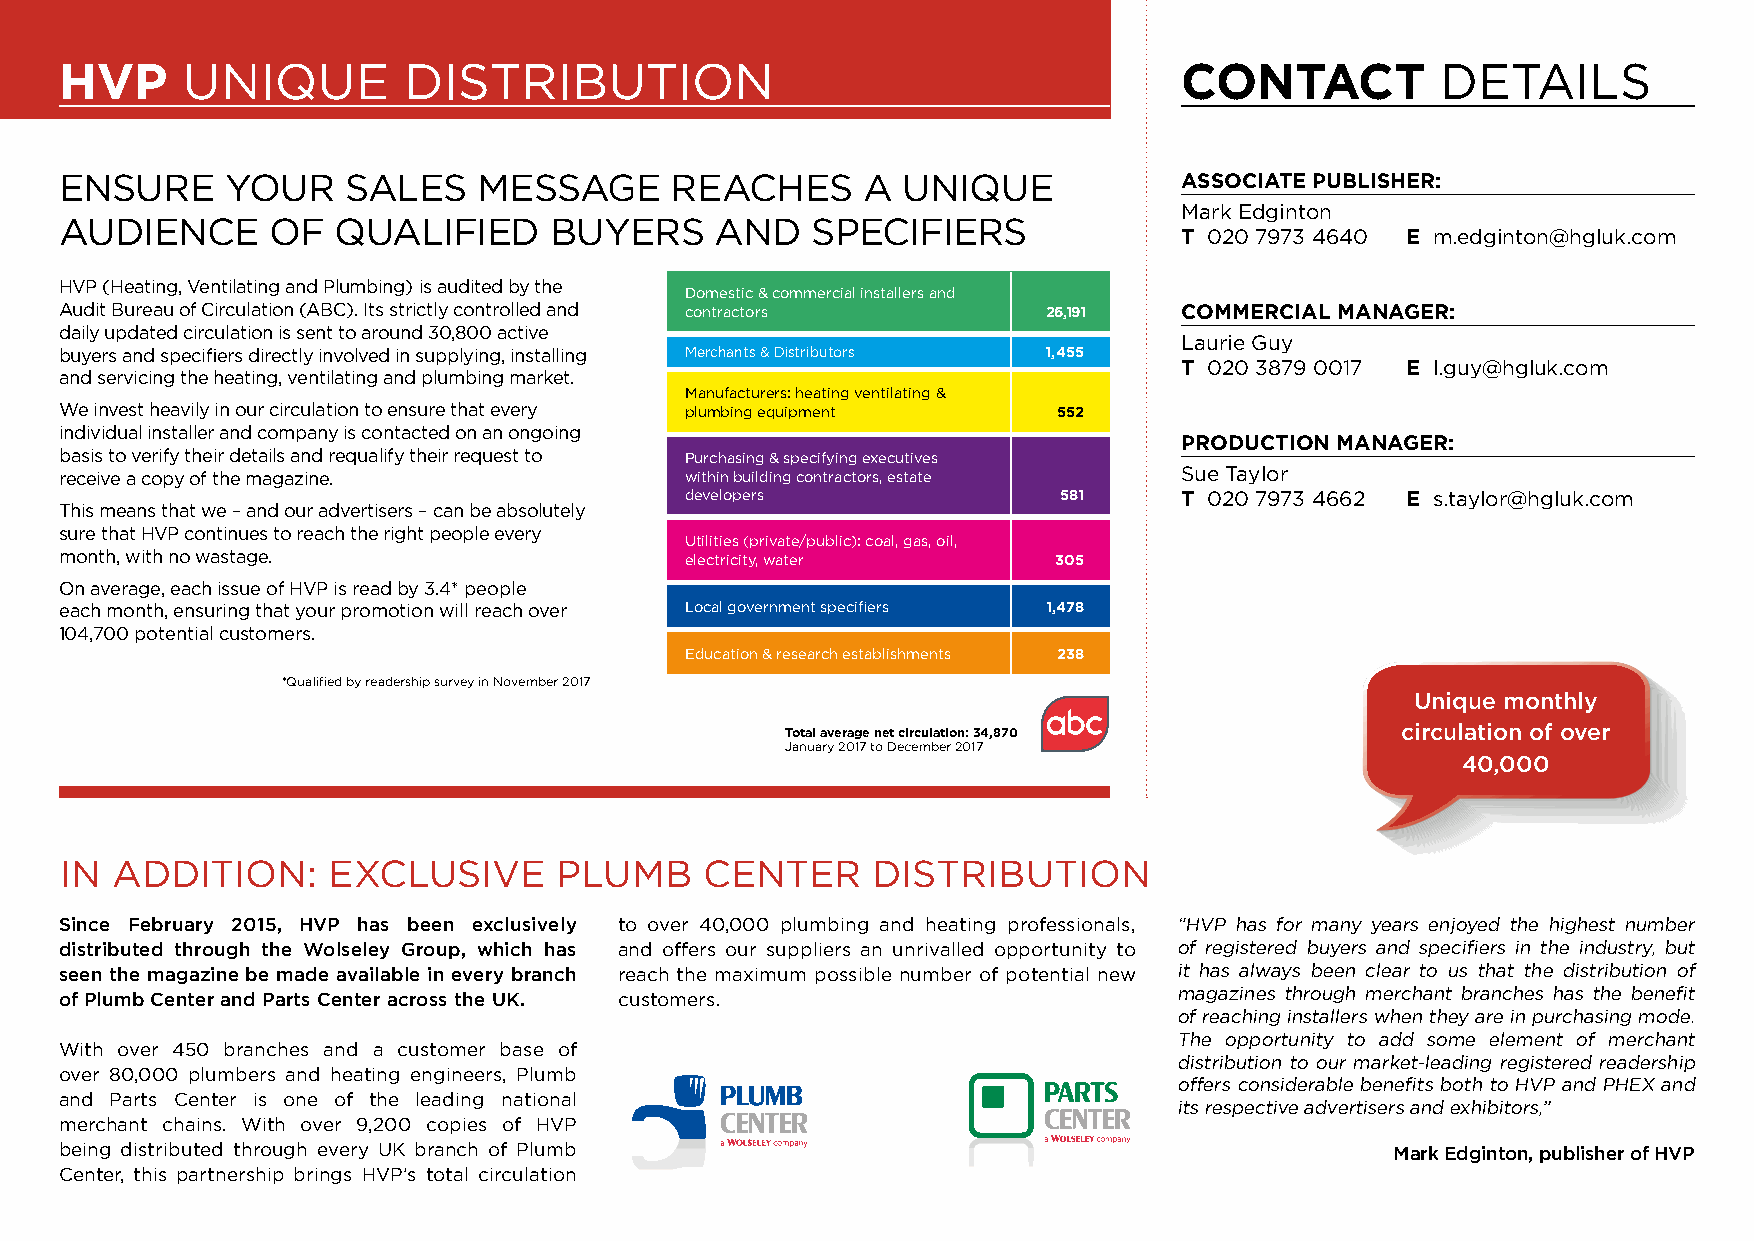
hvp     uNIQue         dIsTrIBuTION                                       cONTacT          deTAILs
 eNsure     yOur    sALes    MessAGe     reACHes      A  uNIQue            assOciaTe pubLisher:
 Mark edginton
 AudIeNCe      Of  QuALIfIed     Buyers     ANd    sPeCIfIers
 T 020 7973 4640 e m.edginton@hgluk.com
 HVP (Heating, Ventilating and Plumbing) is audited by the
 domestic & commercial installers and
 Audit Bureau of Circulation (ABC). Its strictly controlled and contractors 26,191 cOmmerciaL maNager:
 daily updated circulation is sent to around 30,800 active
 Laurie Guy
 buyers and specifiers directly involved in supplying, installing Merchants & distributors 1,455
 T 020 3879 0017 e l.guy@hgluk.com
 and servicing the heating, ventilating and plumbing market.
 Manufacturers: heating ventilating &
 We invest heavily in our circulation to ensure that every plumbing equipment 552
 individual installer and company is contacted on an ongoing
 prOducTiON maNager:
 basis to verify their details and requalify their request to Purchasing & specifying executives
 receive a copy of the magazine.          within building contractors, estate sue Taylor
 developers               581     T 020 7973 4662 e s.taylor@hgluk.com
 This means that we – and our advertisers – can be absolutely
 sure that HVP continues to reach the right people every
 utilities (private/public): coal, gas, oil,
 month, with no wastage.                  electricity, water       305
 On average, each issue of HVP is read by 3.4* people
 each month, ensuring that your promotion will reach over Local government specifiers 1,478
 104,700 potential customers.
 education & research establishments 238
 *Qualified by readership survey in November 2017
 Unique monthly
 Total average net circulation: 34,870    circulation of over
 January 2017 to december 2017
 40,000
 IN AddITION:      eXCLusIVe      PLuMB     CeNTer     dIsTrIBuTION
 Since february 2015, HVP has been exclusively to over 40,000 plumbing and heating professionals, “HVP has for many years enjoyed the highest number
 distributed through the Wolseley Group, which has and offers our suppliers an unrivalled opportunity to of registered buyers and specifiers in the industry, but
 seen the magazine be made available in every branch reach the maximum possible number of potential new it has always been clear to us that the distribution of
 of Plumb Center and Parts Center across the UK. customers.                magazines through merchant branches has the benefit
 of reaching installers when they are in purchasing mode.
 The opportunity to add some element of merchant
 With over 450 branches and a customer base of
 distribution to our market-leading registered readership
 over 80,000 plumbers and heating engineers, Plumb
 offers considerable benefits both to HVP and PHeX and
 and Parts Center is one of the leading national
 its respective advertisers and exhibitors,”
 merchant chains. With over 9,200 copies of HVP
 being distributed through every uK branch of Plumb                                      mark edginton, publisher of HVP
 Center, this partnership brings HVP’s total circulation